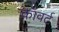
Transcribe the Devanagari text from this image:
कॉवर्ट